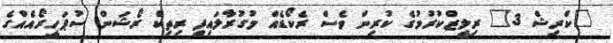
"ކްރިޝް 3" ރިލީޒްކުރުމުގެ ކުރިން ވެސް ރެކޯޑެއް މުގުރާލައިފި ރިތިކް ރޯޝަން ސުޕަހީރޯއެއްގެ